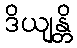
ဒိယျန္တိ